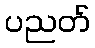
ပညတ်